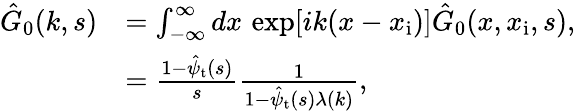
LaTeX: \begin{array}{rl}{\hat{G}_{0}(k,s)}&{=\int_{-\infty}^{\infty}dx\, \exp[ik(x-x_{\mathrm{i}})]\hat{G}_{0}(x,x_{\mathrm{i}},s),}\\ &{=\frac{1-\hat{\psi}_{\mathrm{t}}(s)}{s}\frac{1}{1-\hat{\psi}_{\mathrm{t}}(s)\lambda(k)},}\end{array}